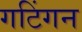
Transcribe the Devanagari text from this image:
गटिंगन